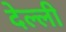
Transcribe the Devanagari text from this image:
देल्ली